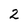
Character: 2